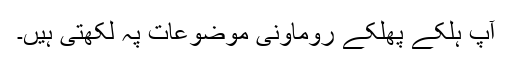
آپ ہلکے پھلکے روماونی موضوعات پہ لکھتی ہیں۔